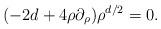
LaTeX: \begin{align*} (-2d +4 \rho\partial_\rho)\rho^{d/2}=0 .\end{align*}